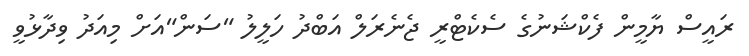
ރައީސް ޔާމީން ފެކްޝަނުގެ ސެކެޓްރީ ޖެނެރަލް އަބްދު ހަލީލު "ސަން"އަށް މިއަދު ވިދާޅުވީ